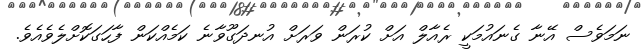
ނަމަވެސް އޭނާ ގެނައުމަކީ ރެއާލް އަށް ކުރަން ވަރަށް އުނދަގޫވާނެ ކަމެއްކަން ފާހަގަކޮށްލެވެއެވެ.